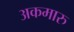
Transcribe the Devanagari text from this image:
अकमारु